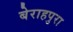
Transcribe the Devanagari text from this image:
बेराहपुरा